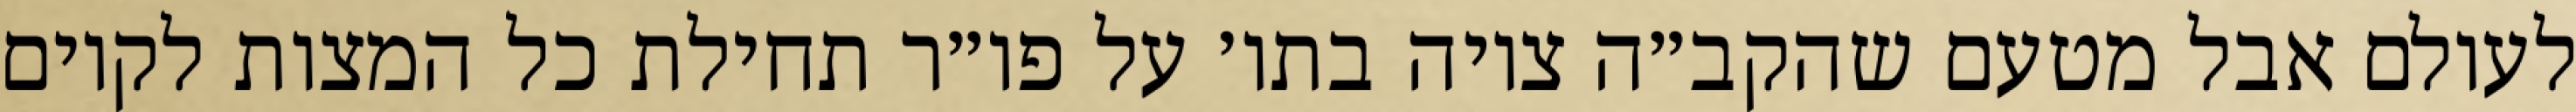
לעולם אבל מטעם שהקב״ה ציוה בתו׳ על פו״ר תחילת כל המצות לקיום